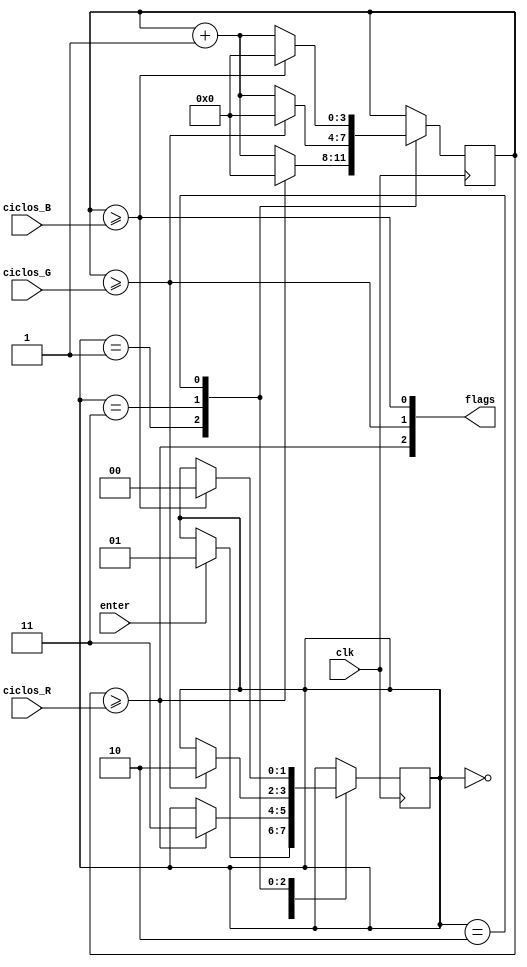
module Temporizador (
    input clk,  //si T=400ms, el t_max es 6 seg 
    input enter,
    input [4:0] ciclos_R, ciclos_G, ciclos_B,
    output [2:0] flags
);
    parameter r = 2'd2, g = 2'd1, b = 2'd0;
    parameter start = 2'b00, R_count = 2'b01, G_count = 2'b11, B_count = 2'b10; 

    //reg [4:0] ciclos_R, ciclos_G, ciclos_B;
    reg [3:0] contador = 0;			
    reg [1:0] RGB_count = 0;       //indica que color se esta cargando

    //wire [4:0] ciclos_R, ciclos_G, ciclos_B;

    /*initial begin
    #10 $display("tiempo   contador    flags");
        $monitor("(%6d)     %d         %b%b%b", $time, contador, flags[r], flags[g], flags[b]);
    end
    */

    always @(posedge clk) begin
        //RGB_count indica que color se esta cargando, va pasando secuencialmente entre colores
        case (RGB_count)
            start: begin
                        if(enter)   RGB_count <= R_count; 
                        else        RGB_count <= RGB_count; //hace falta?
                    end
            R_count: begin      //carga rojo
                        if(contador >= ciclos_R) begin
                            RGB_count <= G_count;    //paso al sig color
                            contador <= 0;          
                        end
                        else contador <= contador + 4'd1;
                    end
            G_count: if(contador >= ciclos_G) begin
                        RGB_count <= B_count;
                        contador <= 0;
                    end
                    else contador <= contador + 4'd1;
            B_count: if(contador >= ciclos_B) begin
                        RGB_count <= start;
                        contador <= 0;
                    end
                    else contador <= contador + 4'd1;
            //no hace falta el default pq estan incluidos todos los valores de RGB_count
        endcase
    end
    //initial begin
    //    $monitor("flags = %b%b%b", flags[r], flags[g], flags[b]);
    //end

    //Se activa la bandera cuando paso el tiempo de prendido de cada motor
    //Duran un ciclo de clk en 1, despues los ifs de arriba resetean los contadores
    assign flags[r] = (contador >= ciclos_R);
    assign flags[g] = (contador >= ciclos_G);
    assign flags[b] = (contador >= ciclos_B);


endmodule